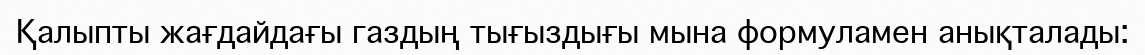
Қалыпты жағдайдағы газдың тығыздығы мына формуламен анықталады: